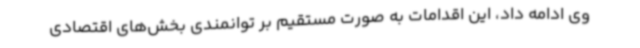
وی ادامه داد، این اقدامات به صورت مستقیم بر توانمندی بخش‌های اقتصادی